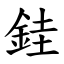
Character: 銈